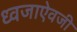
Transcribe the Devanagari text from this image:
ध्वजाऐवजी